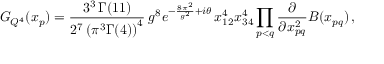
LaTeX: G _ { { \cal Q } ^ { 4 } } ( x _ { p } ) = \frac { 3 ^ { 3 } \, \Gamma ( 1 1 ) } { 2 ^ { 7 } \left( \pi ^ { 3 } \Gamma ( 4 ) \right) ^ { 4 } } \: g ^ { 8 } e ^ { - \frac { 8 \pi ^ { 2 } } { g ^ { 2 } } + i \theta } \, x _ { 1 2 } ^ { 4 } x _ { 3 4 } ^ { 4 } \prod _ { p < q } \frac { \partial } { \partial x _ { p q } ^ { 2 } } B ( x _ { p q } ) \, ,